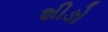
શીઙો